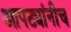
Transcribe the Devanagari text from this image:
आपट्यांनीच